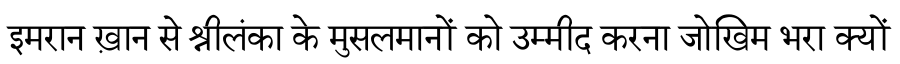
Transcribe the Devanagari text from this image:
इमरान ख़ान से श्रीलंका के मुसलमानों को उम्मीद करना जोखिम भरा क्यों